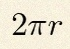
2\pi r